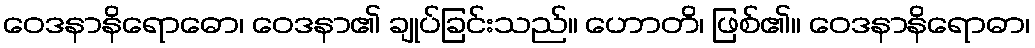
ဝေဒနာနိရောဓော၊ ဝေဒနာ၏ ချုပ်ခြင်းသည်။ ဟောတိ၊ ဖြစ်၏။ ဝေဒနာနိရောဓာ၊